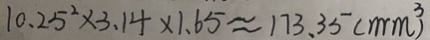
1 0 . 2 5 ^ { 2 } \times 3 . 1 4 \times 1 . 6 5 \approx 1 7 3 . 3 5 ( m ^ { 3 } )